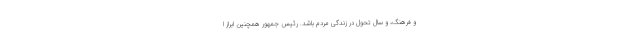
و فرهنگ، و سال تحول در زندگی مردم باشد. رئیس جمهور همچنین ابراز ا